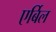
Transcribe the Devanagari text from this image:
एर्बिल